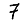
Digit: 7